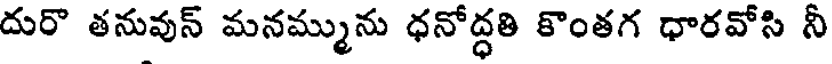
దురొ తనువున్ మనమ్మును ధనోద్ధతి కొంతగ ధారవోసి నీ